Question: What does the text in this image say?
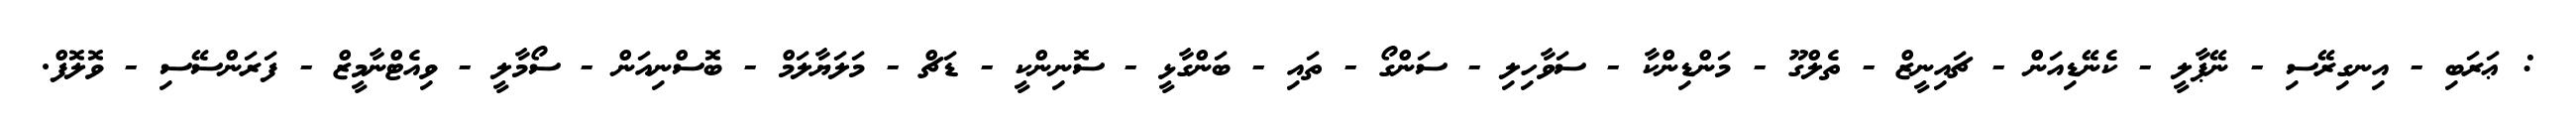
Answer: : ޢަރަބި - އިނގިރޭސި - ނޭޕާލީ - ކެނޭޑިއަން - ޗައިނީޒް - ތެލްގޫ - މަންޑިންކާ - ސަވާހިލި - ސަންގޯ - ތައި - ބަންގާޅީ - ސޮނިންކީ - ޑަޗް - މަލަޔާލަމް - ބޮސްނިއަން - ސޯމާލީ - ވިއެޓްނާމީޒް - ފަރަންސޭސި - ވޮލޮފް.